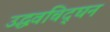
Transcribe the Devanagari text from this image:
उद्धवचिद्‌घन